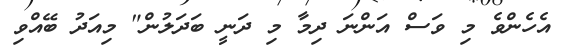
އެހެންވެ މި ވަސް އަންނަ ދިމާ މި ދަނީ ބަދަލުން" މިއަދު ބޭއްވި